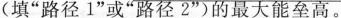
(填“路径1”或“路径2”)的最大能垒高。